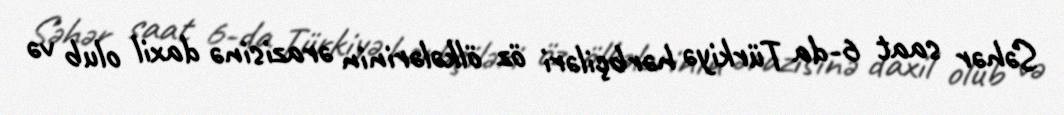
Səhər saat 6-da Türkiyə hərbçiləri öz ölkələrinin ərazisinə daxil olub və